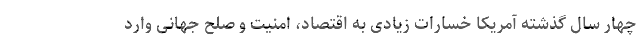
چهار سال گذشته آمریکا خسارات زیادی به اقتصاد، امنیت و صلح جهانی وارد